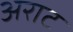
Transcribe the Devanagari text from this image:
अराट